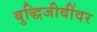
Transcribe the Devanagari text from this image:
बुद्धिजीवींवर